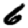
Digit: 6